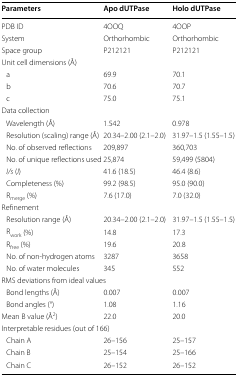
<table><thead><tr><td><b>Parameters</b></td><td><b>Apo dUTPase</b></td><td><b>Holo dUTPase</b></td></tr></thead><tbody><tr><td>PDB ID</td><td>4OOQ</td><td>4OOP</td></tr><tr><td>System</td><td>Orthorhombic</td><td>Orthorhombic</td></tr><tr><td>Space group</td><td>P212121</td><td>P212121</td></tr><tr><td colspan="3">Unit cell dimensions (Å)</td></tr><tr><td> a</td><td>69.9</td><td>70.1</td></tr><tr><td> b</td><td>70.6</td><td>70.7</td></tr><tr><td> c</td><td>75.0</td><td>75.1</td></tr><tr><td colspan="3">Data collection</td></tr><tr><td> Wavelength (Å)</td><td>1.542</td><td>0.978</td></tr><tr><td> Resolution (scaling) range (Å)</td><td>20.34–2.00 (2.1–2.0)</td><td>31.97–1.5 (1.55–1.5)</td></tr><tr><td> No. of observed reflections</td><td>209,897</td><td>360,703</td></tr><tr><td> No. of unique reflections used</td><td>25,874</td><td>59,499 (5804)</td></tr><tr><td> <i>I/s</i> (<i>I</i>)</td><td>41.6 (18.5)</td><td>46.4 (8.6)</td></tr><tr><td> Completeness (%)</td><td>99.2 (98.5)</td><td>95.0 (90.0)</td></tr><tr><td> R<sub>merge</sub> (%)</td><td>7.6 (17.0)</td><td>7.0 (32.0)</td></tr><tr><td colspan="3">Refinement</td></tr><tr><td> Resolution range (Å)</td><td>20.34–2.00 (2.1–2.0)</td><td>31.97–1.5 (1.55–1.5)</td></tr><tr><td> R<sub>work</sub> (%)</td><td>14.8</td><td>17.3</td></tr><tr><td> R<sub>free</sub> (%)</td><td>19.6</td><td>20.8</td></tr><tr><td> No. of non-hydrogen atoms</td><td>3287</td><td>3658</td></tr><tr><td> No. of water molecules</td><td>345</td><td>552</td></tr><tr><td colspan="3">RMS deviations from ideal values</td></tr><tr><td> Bond lengths (Å)</td><td>0.007</td><td>0.007</td></tr><tr><td> Bond angles (°)</td><td>1.08</td><td>1.16</td></tr><tr><td>Mean B value (Å<sup>2</sup>)</td><td>22.0</td><td>20.0</td></tr><tr><td colspan="3">Interpretable residues (out of 166)</td></tr><tr><td> Chain A</td><td>26–156</td><td>25–157</td></tr><tr><td> Chain B</td><td>25–154</td><td>25–166</td></tr><tr><td> Chain C</td><td>26–152</td><td>26–152</td></tr></tbody></table>